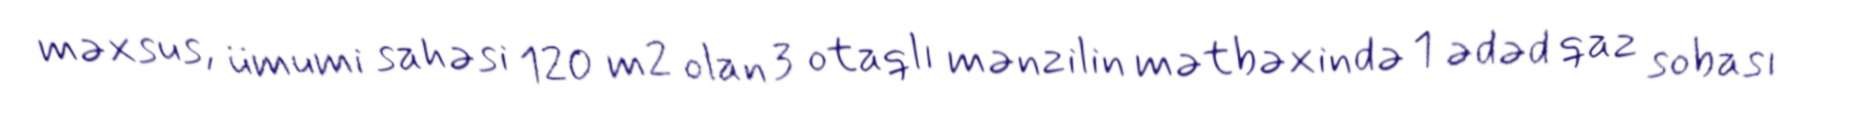
məxsus, ümumi sahəsi 120 m2 olan 3 otaqlı mənzilin mətbəxində 1 ədəd qaz sobası